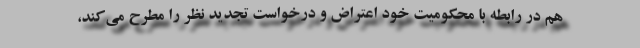
هم در رابطه با محکومیت خود اعتراض و درخواست تجدید نظر را مطرح می‌کند،